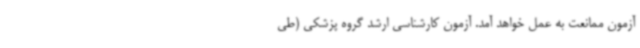
آزمون ممانعت به عمل خواهد آمد. آزمون کارشناسی ارشد گروه پزشکی (طی